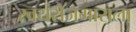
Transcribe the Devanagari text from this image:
स्वयंरोजगाराला